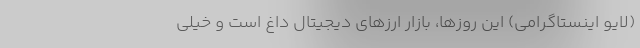
(لایو اینستاگرامی) این روزها، بازار ارزهای دیجیتال داغ است و خیلی